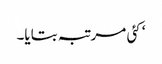
‘ کئی مرتبہ بتایا۔